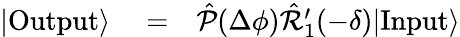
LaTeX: \begin{array}{rlr}{|\mathrm{Output}\rangle}&{{}=}&{\hat{\mathcal{P}}(\Delta\phi)\hat{\mathcal{R}}_{1}^{\prime}(-\delta)|\mathrm{Input}\rangle}\end{array}